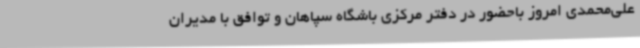
علی‌محمدی امروز باحضور در دفتر مرکزی باشگاه سپاهان و توافق با مدیران